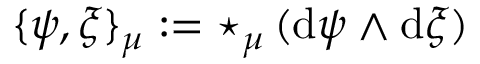
\{ \psi , \xi \} _ { \mu } : = \star _ { \mu } \, ( \mathrm { d } \psi \wedge \mathrm { d } \xi )